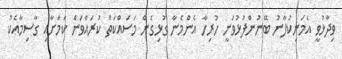
ވިދާޅުވީ އެމަނިކުފާނު ބޭނުންފުޅުވަނީ ހުރިހާ އެންމެނާ ގުޅިގެން މަސައްކަތް ކުރައްވަން ކަމަށާއި ގާސިމާއެކު